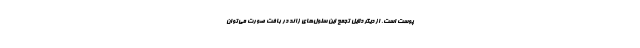
پوست است. از دیگر دلایل تجمع این سلول‌های زائد در بافت صورت می‌توان